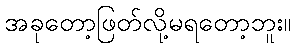
အခုတော့ဖြတ်လို့မရတော့ဘူး။